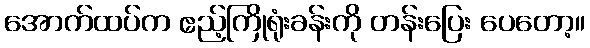
အောက်ထပ်က ဧည့်ကြိုရုံးခန်းကို တန်းပြေး ပေတော့။